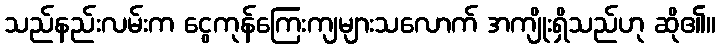
သည်နည်းလမ်းက ငွေကုန်ကြေးကျများသလောက် အကျိုးရှိသည်ဟု ဆို၏။